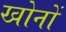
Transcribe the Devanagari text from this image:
खोनों